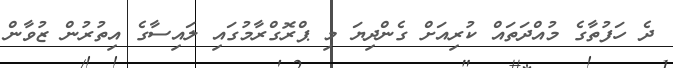
ދެ ހަފުތާގެ މުއްދަތައް ކުރިއަށް ގެންދިޔަ މި ޕްރޮގްރާމުގައި ލައިސާގެ އިތުރުން ޒުވާން